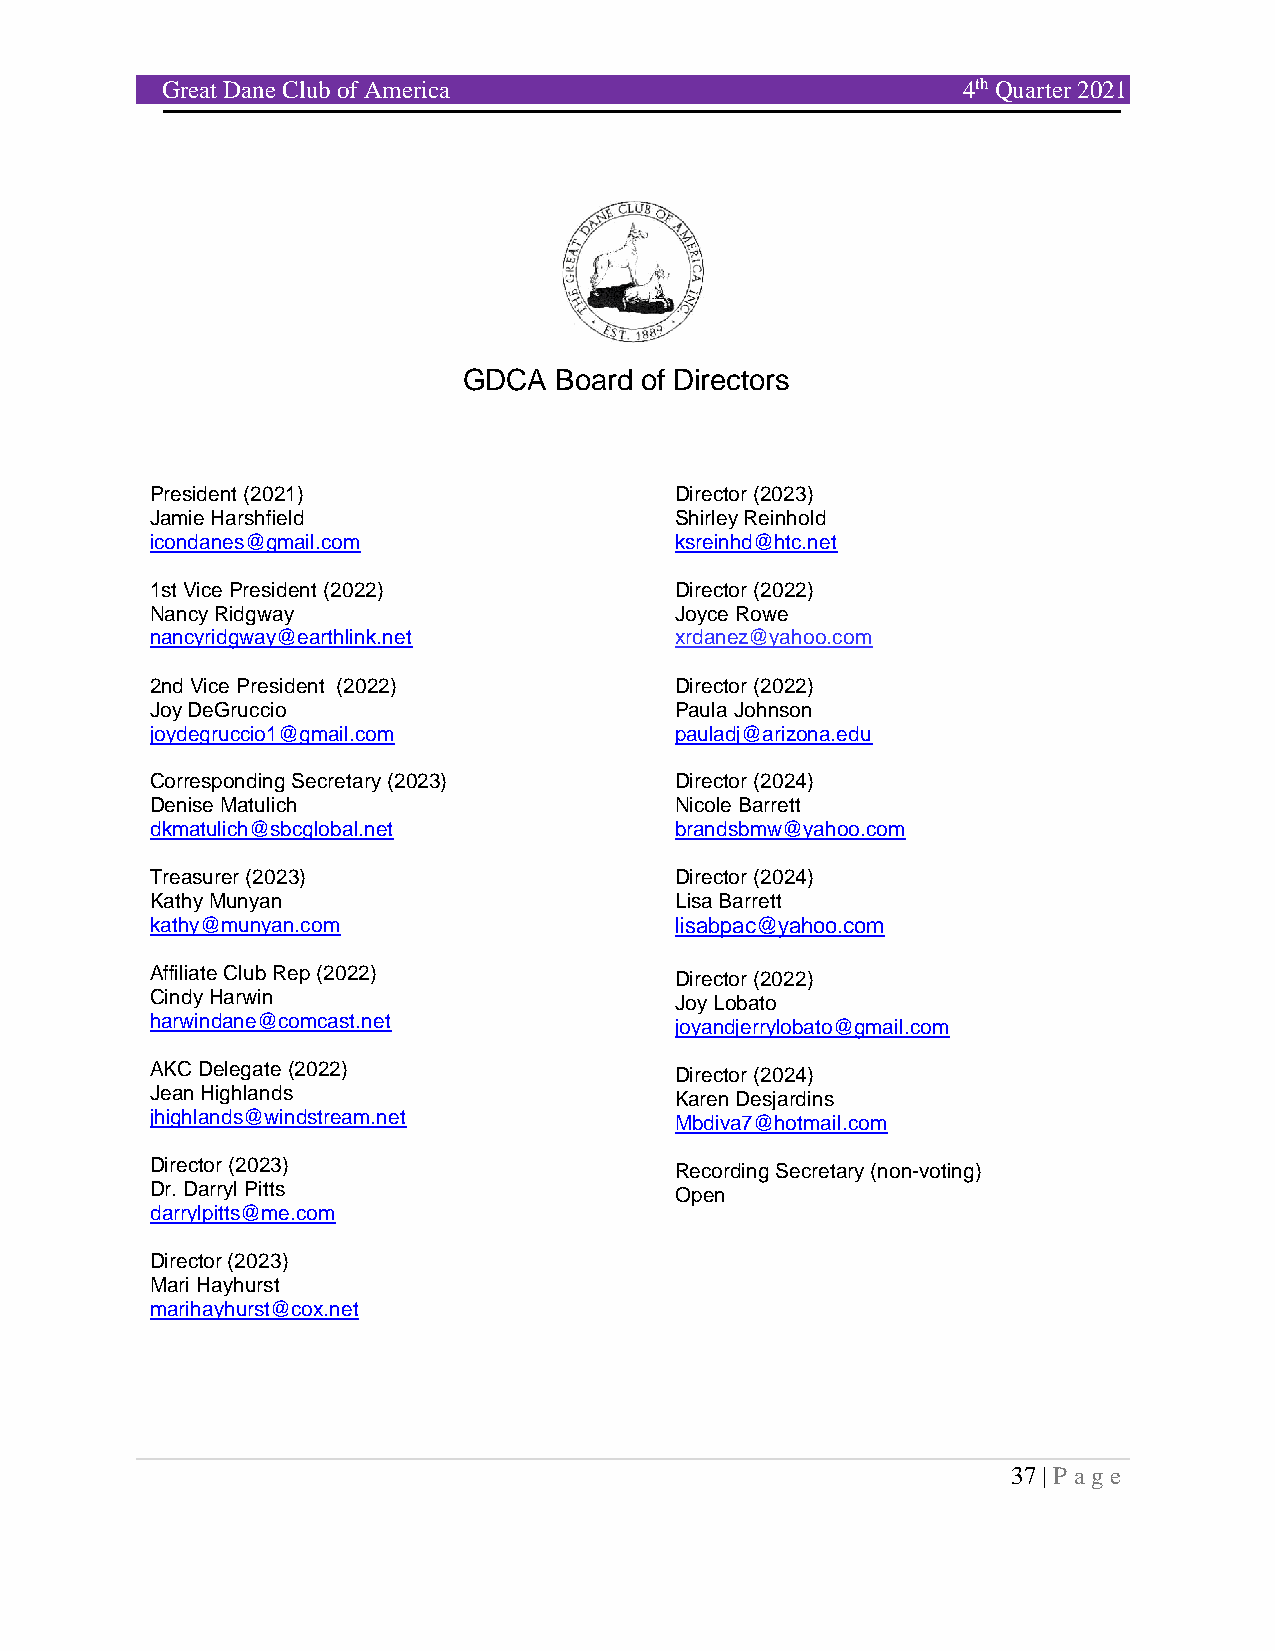
Great Dane Club of America                           4th Quarter 2021
 GDCA  Board of Directors
 President (2021)                   Director (2023)
 Jamie Harshfield                   Shirley Reinhold
 icondanes@gmail.com                ksreinhd@htc.net
 1st Vice President (2022)          Director (2022)
 Nancy Ridgway                      Joyce Rowe
 nancyridgway@earthlink.net         xrdanez@yahoo.com
 2nd Vice President (2022)          Director (2022)
 Joy DeGruccio                      Paula Johnson
 joydegruccio1@gmail.com            pauladj@arizona.edu
 Corresponding Secretary (2023)     Director (2024)
 Denise Matulich                    Nicole Barrett
 dkmatulich@sbcglobal.net           brandsbmw@yahoo.com
 Treasurer (2023)                   Director (2024)
 Kathy Munyan                       Lisa Barrett
 kathy@munyan.com                   lisabpac@yahoo.com
 Affiliate Club Rep (2022)          Director (2022)
 Cindy Harwin                       Joy Lobato
 harwindane@comcast.net             joyandjerrylobato@gmail.com
 AKC Delegate (2022)                Director (2024)
 Jean Highlands                     Karen Desjardins
 jhighlands@windstream.net          Mbdiva7@hotmail.com
 Director (2023)                    Recording Secretary (non-voting)
 Dr. Darryl Pitts                   Open
 darrylpitts@me.com
 Director (2023)
 Mari Hayhurst
 marihayhurst@cox.net
 37 | P age